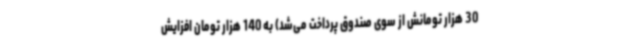
30 هزار تومانش از سوی صندوق پرداخت می‌شد) به 140 هزار تومان افزایش